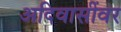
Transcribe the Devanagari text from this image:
अदिवासींवर